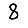
Digit: 8